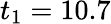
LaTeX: t_{1}=10.7